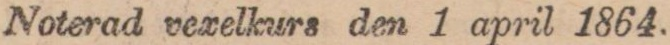
Noterad vexelkurs den 1 april 1864.